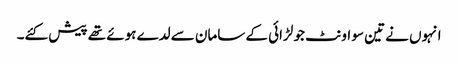
انہوں نے تین سو اونٹ جو لڑائی کے سامان سے لدے ہوئے تھے پیش کئے۔